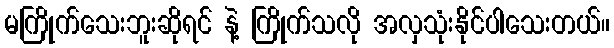
မကြိုက်သေးဘူးဆိုရင် နဲ့ ကြိုက်သလို အလှသုံးနိုင်ပါသေးတယ်။